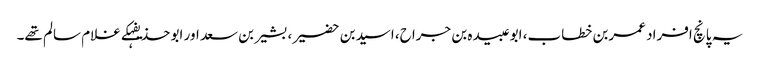
یہ پانچ افراد عمربن خطاب، ابوعبیدہ بن جراح، اسیدبن حضیر، بشیربن سعد اور ابو حذیفہکے غلام سالم تھے۔